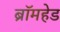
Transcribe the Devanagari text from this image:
ब्रॉमहेड